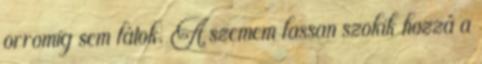
orromig sem látok. A szemem lassan szokik hozzá a